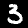
Digit: 3